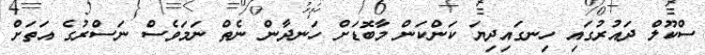
ސްކޫލް ދައުރުގައި ހިނގައިދިޔަ ކަންކަން މާބޮޑަށް ހަނދާން ނެތް ނަމަވެސް ނަސްރުގެ އަތަށް